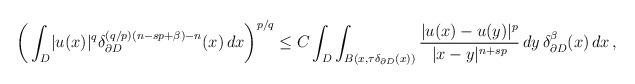
LaTeX: \begin{align*}\bigg(\int_D \lvert u(x)\rvert^q\delta_{\partial D}^{(q/p)(n-s p+\beta)-n}(x)\,dx\bigg)^{p/q}\le C\int_D \int_{B(x,\tau \delta_{\partial D}(x))} \frac{\lvert u(x)-u(y)\rvert^p}{\lvert x-y\rvert^{n+s p}}\,dy\,\delta_{\partial D}^\beta(x)\,dx\,,\end{align*}